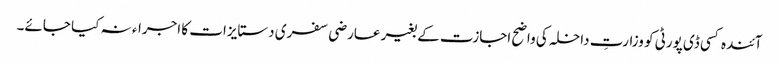
آئندہ کسی ڈی پورٹی کو وزارتِ داخلہ کی واضح اجازت کے بغیر عارضی سفری دستایزات کا اجراء نہ کیا جائے۔